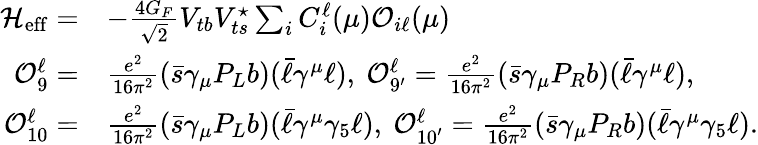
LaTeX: \begin{array}{rl}{{\cal H}_{\mathrm{eff}}=}&{-\frac{4G_{F}}{\sqrt{2}}V_{tb}V_{ts}^{\star}\sum_{i}C_{i}^{\ell}(\mu){\cal O}_{i\ell}(\mu)}\\ {{\cal O}_{9}^{\ell}=}&{\frac{e^{2}}{16\pi^{2}}(\bar{s}\gamma_{\mu}P_{L}b)(\bar{\ell}\gamma^{\mu}\ell),~{\cal O}_{9^{\prime}}^{\ell}=\frac{e^{2}}{16\pi^{2}}(\bar{s}\gamma_{\mu}P_{R}b)(\bar{\ell}\gamma^{\mu}\ell),}\\ {{\cal O}_{10}^{\ell}=}&{\frac{e^{2}}{16\pi^{2}}(\bar{s}\gamma_{\mu}P_{L}b)(\bar{\ell}\gamma^{\mu}\gamma_{5}\ell),~{\cal O}_{10^{\prime}}^{\ell}=\frac{e^{2}}{16\pi^{2}}(\bar{s}\gamma_{\mu}P_{R}b)(\bar{\ell}\gamma^{\mu}\gamma_{5}\ell).}\end{array}